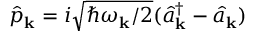
\hat { p } _ { \bf k } = i \sqrt { \hbar \omega _ { \bf k } / 2 } ( \hat { a } _ { \bf k } ^ { \dagger } - \hat { a } _ { \bf k } )